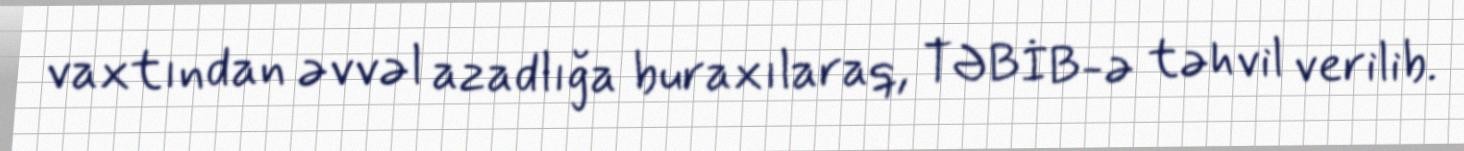
vaxtından əvvəl azadlığa buraxılaraq, TƏBİB-ə təhvil verilib.